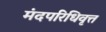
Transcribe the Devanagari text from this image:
मंदपरिधिवृत्त